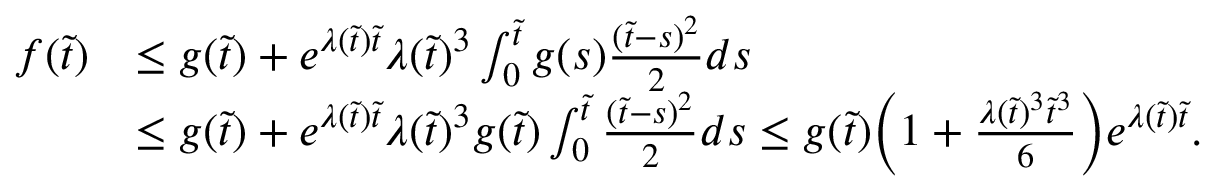
\begin{array} { r l } { f ( \tilde { t } ) } & { \leq g ( \tilde { t } ) + e ^ { \lambda ( \tilde { t } ) \tilde { t } } \lambda ( \tilde { t } ) ^ { 3 } \int _ { 0 } ^ { \tilde { t } } g ( s ) \frac { ( \tilde { t } - s ) ^ { 2 } } { 2 } d s } \\ & { \leq g ( \tilde { t } ) + e ^ { \lambda ( \tilde { t } ) \tilde { t } } \lambda ( \tilde { t } ) ^ { 3 } g ( \tilde { t } ) \int _ { 0 } ^ { \tilde { t } } \frac { ( \tilde { t } - s ) ^ { 2 } } { 2 } d s \leq g ( \tilde { t } ) \Big ( 1 + \frac { \lambda ( \tilde { t } ) ^ { 3 } \tilde { t } ^ { 3 } } { 6 } \Big ) e ^ { \lambda ( \tilde { t } ) \tilde { t } } . } \end{array}